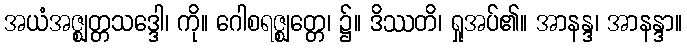
အယံအဇ္ဈတ္တသဒ္ဒေါ၊ ကို။ ဂေါစရဇ္ဈတ္တေ၊ ၌။ ဒိဿတိ၊ ရှုအပ်၏။ အာနန္ဒ၊ အာနန္ဒာ။